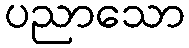
ပညာသော